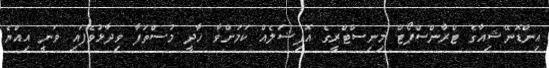
އިންޑޮނޭޝިއާގެ ޓްރާންސްޕޯޓް މިނިސްޓްރީގެ އޮފިޝަލެއް ކަމަށްވާ ހާދީ މުސްތަފާ ވިދާޅުވެފައި ވަނީ އިއްޔެ